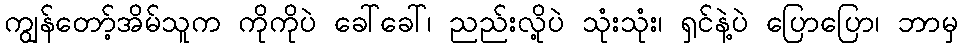
ကျွန်တော့်အိမ်သူက ကိုကိုပဲ ခေါ်ခေါ်၊ ညည်းလို့ပဲ သုံးသုံး၊ ရှင်နဲ့ပဲ ပြောပြော၊ ဘာမှ